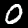
Digit: 0